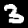
Digit: 3